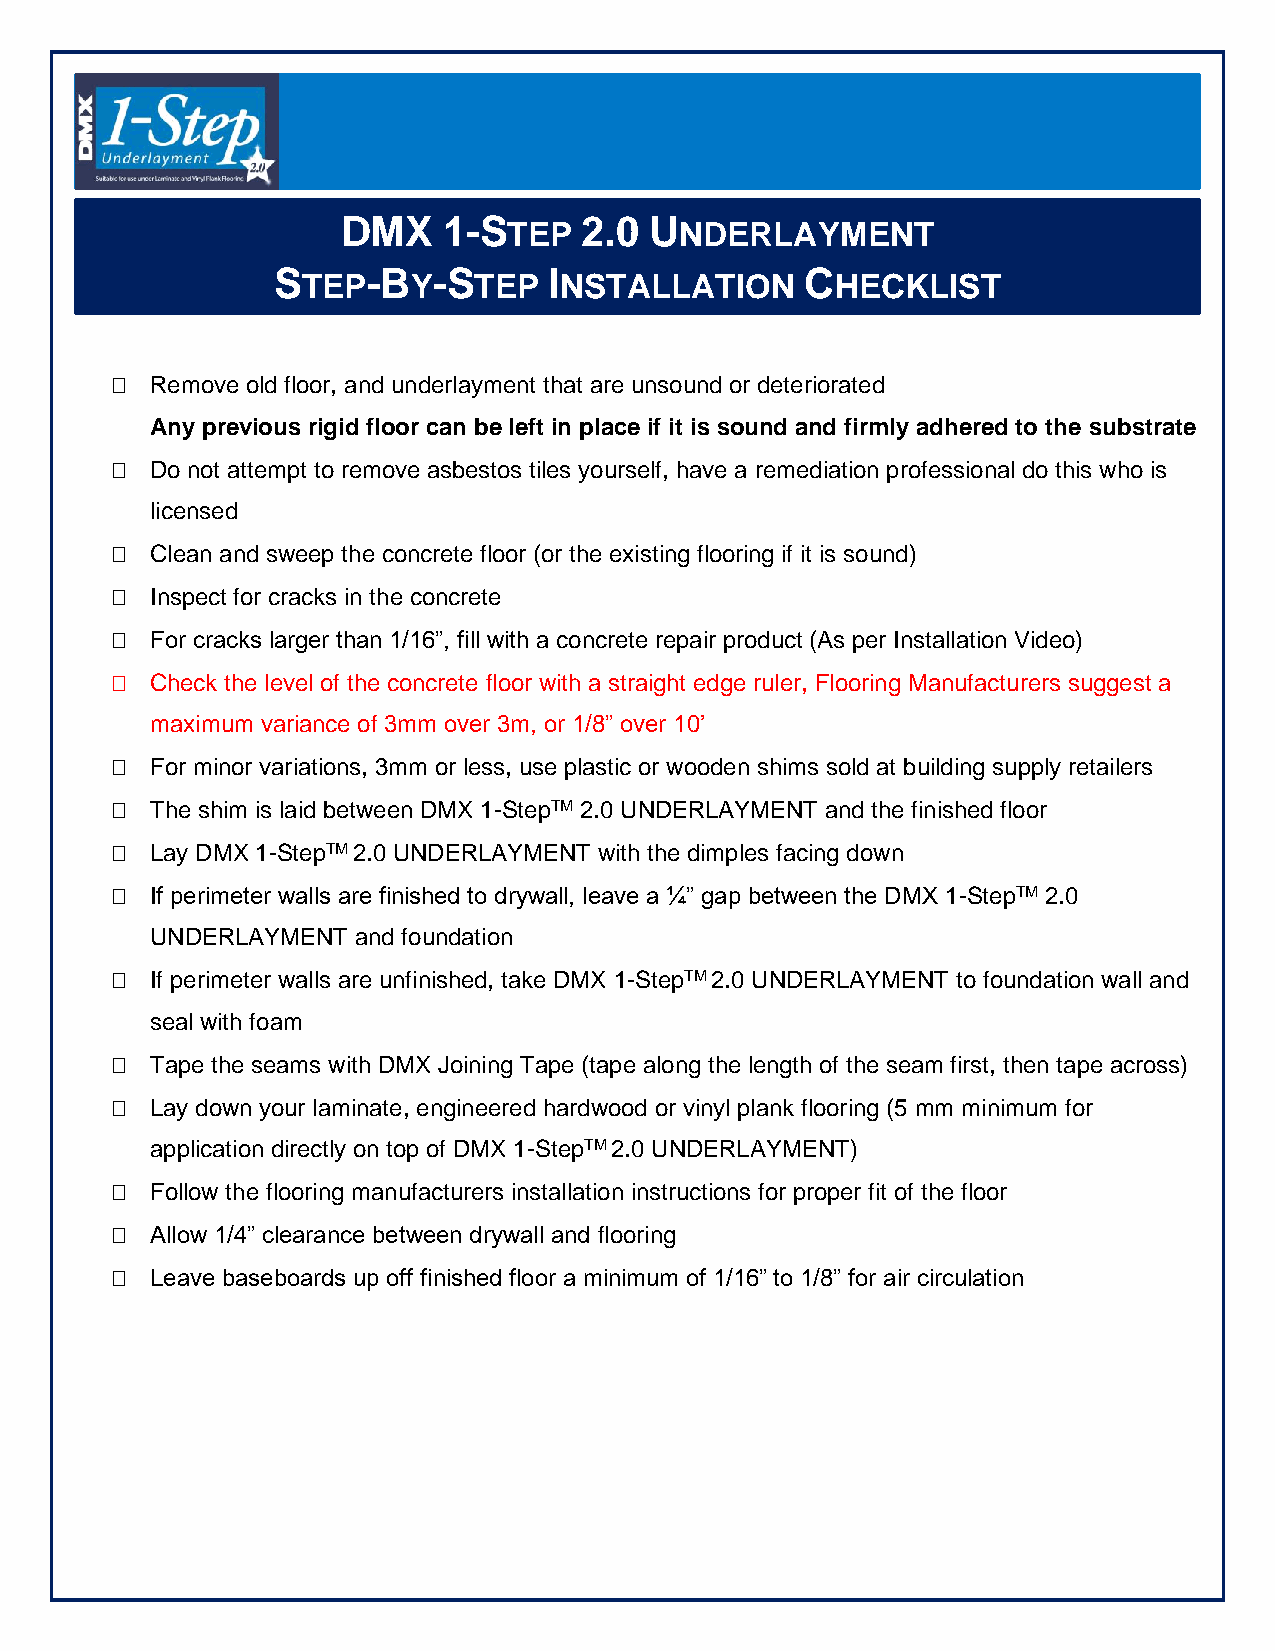
DMX   1-S      2.0  U
 TEP        NDERLAYMENT
 S     -B   -S     I                C
 TEP    Y   TEP   NSTALLATION       HECKLIST
   Remove old floor, and underlayment that are unsound or deteriorated
 Any previous rigid floor can be left in place if it is sound and firmly adhered to the substrate
   Do not attempt to remove asbestos tiles yourself, have a remediation professional do this who is
 licensed
   Clean and sweep the concrete floor (or the existing flooring if it is sound)
   Inspect for cracks in the concrete
   For cracks larger than 1/16”, fill with a concrete repair product (As per Installation Video)
   Check the level of the concrete floor with a straight edge ruler, Flooring Manufacturers suggest a
 maximum variance of 3mm over 3m, or 1/8” over 10’
   For minor variations, 3mm or less, use plastic or wooden shims sold at building supply retailers
   The shim is laid between DMX 1-StepTM 2.0 UNDERLAYMENT and the finished floor
   Lay DMX 1-StepTM 2.0 UNDERLAYMENT with the dimples facing down
   If perimeter walls are finished to drywall, leave a ¼” gap between the DMX 1-StepTM 2.0
 UNDERLAYMENT  and foundation
   If perimeter walls are unfinished, take DMX 1-StepTM 2.0 UNDERLAYMENT to foundation wall and
 seal with foam
   Tape the seams with DMX Joining Tape (tape along the length of the seam first, then tape across)
   Lay down your laminate, engineered hardwood or vinyl plank flooring (5 mm minimum for
 application directly on top of DMX 1-StepTM 2.0 UNDERLAYMENT)
   Follow the flooring manufacturers installation instructions for proper fit of the floor
   Allow 1/4” clearance between drywall and flooring
   Leave baseboards up off finished floor a minimum of 1/16” to 1/8” for air circulation